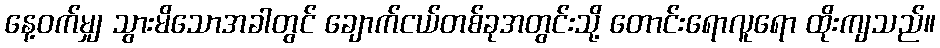
နေ့ဝက်မျှ သွားမိသောအခါတွင် ချောက်ငယ်တစ်ခုအတွင်းသို့ တောင်းရောလူရော ထိုးကျသည်။